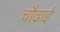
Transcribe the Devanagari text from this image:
चौढाई